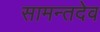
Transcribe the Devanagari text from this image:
सामन्तदेव